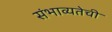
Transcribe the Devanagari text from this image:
संभाव्यतेची